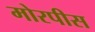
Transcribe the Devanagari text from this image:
मोरपीस